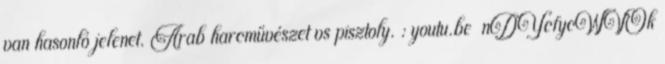
van hasonló jelenet. Arab harcművészet vs pisztoly. : youtu.be nDYcfycWVOk